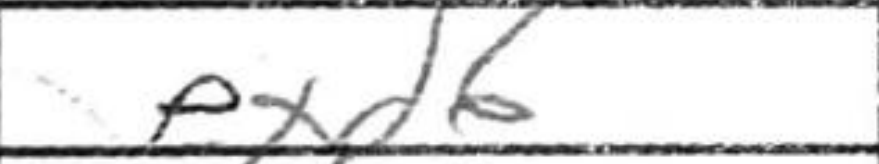
Transcription: exd6